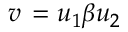
v \, = u _ { 1 } \beta u _ { 2 }